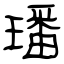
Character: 璠